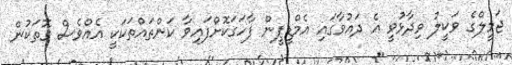
ޖަމީލްގެ ވަކީލު ވިދާޅުވީ އެ ދައުވާގައި އެމްޑީޕީން ފާހަގަކޮށްފައިވާ ކަންތައްތަކަކީ އެއްވެސް ގޮތަކުން